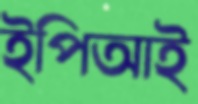
ইপিআই